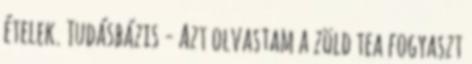
ételek. Tudásbázis - Azt olvastam a zöld tea fogyaszt